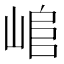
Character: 𡸬